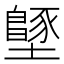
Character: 𡒴